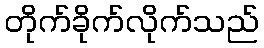
တိုက်ခိုက်လိုက်သည်